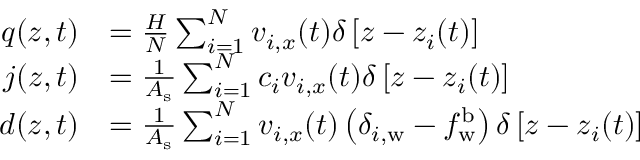
\begin{array} { r l } { q ( z , t ) } & { = \frac { H } { N } \sum _ { i = 1 } ^ { N } v _ { i , x } ( t ) \delta \left[ z - z _ { i } ( t ) \right] } \\ { j ( z , t ) } & { = \frac { 1 } { A _ { \mathrm { s } } } \sum _ { i = 1 } ^ { N } c _ { i } v _ { i , x } ( t ) \delta \left[ z - z _ { i } ( t ) \right] } \\ { d ( z , t ) } & { = \frac { 1 } { A _ { \mathrm { s } } } \sum _ { i = 1 } ^ { N } v _ { i , x } ( t ) \left( \delta _ { i , \mathrm { w } } - f _ { \mathrm { w } } ^ { \mathrm { b } } \right) \delta \left[ z - z _ { i } ( t ) \right] } \end{array}